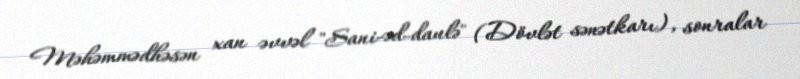
Məhəmmədhəsən xan əvvəl "Sani-əd-daulə" (Dövlət sənətkarı), sonralar